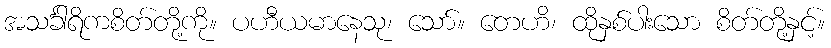
အသင်္ခါရိကစိတ်တို့ကို။ ပဟီယမာနေသု၊ သော်။ တေဟိ၊ ထိုနှစ်ပါးသော စိတ်တို့နှင့်။